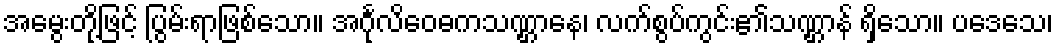
အမွေးတို့ဖြင့် ပြွမ်းရာဖြစ်သော။ အင်္ဂုလိဝေဓကသဏ္ဌာနေ၊ လက်စွပ်ကွင်း၏သဏ္ဌာန် ရှိသော။ ပဒေသေ၊